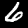
Digit: 6